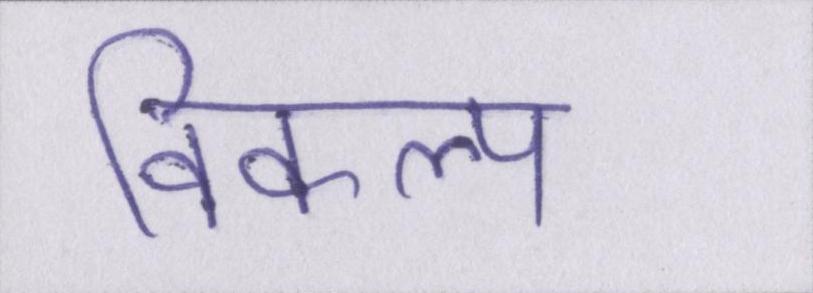
विकल्प